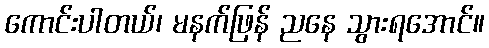
ကောင်းပါတယ်၊ မနက်ဖြန် ညနေ သွားရအောင်။